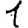
Digit: 1